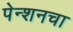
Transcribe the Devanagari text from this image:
पेन्शनचा